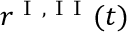
r ^ { \mathrm { ~ I ~ , ~ I ~ I ~ } } ( t )